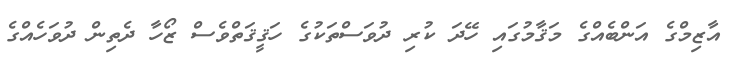
އާޒިމްގެ އަންބެއްގެ މަޤާމުގައި ހޭދަ ކުރި ދުވަސްތަކުގެ ހަޤީޤަތްވެސް ޒޯހާ ދެތިން ދުވަހެއްގެ